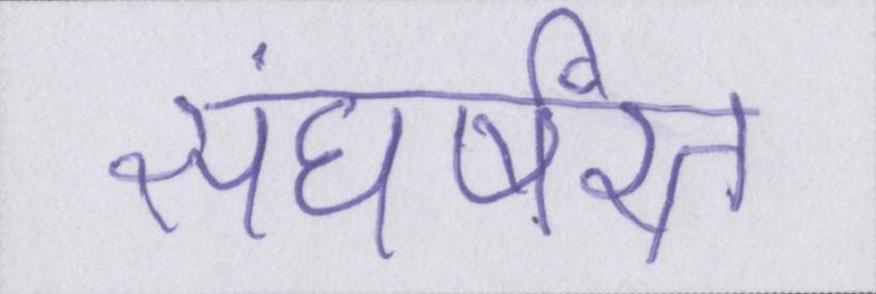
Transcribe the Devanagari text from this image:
संघर्षरत